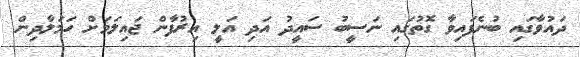
ދައުވާގައި ބުނެފައިވާ ގޮތުގައި ނަސީބު ސައީދު އަދި އަލީ އިރުފާން ޖައިލަމަށް ހަމަލާދިން